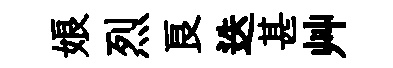
娘烈良迭甚艸